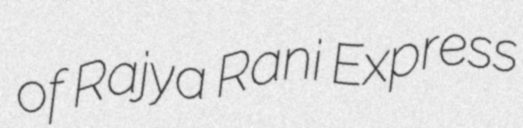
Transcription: of Rajya Rani Express